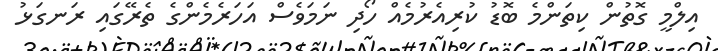
އިލްމީ ގޮތުން ކިތަންމެ ބޮޑު ކުރިއެރުމެއް ހޯދި ނަމަވެސް އަހަރެމެންގެ ތެރޭގައި ރަނގަޅު